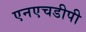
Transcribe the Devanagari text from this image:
एनएचडीपी